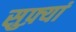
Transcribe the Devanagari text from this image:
सुफ़्यां